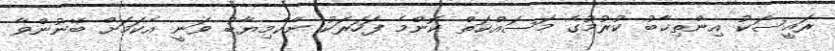
ރައީސަކު އިންތިޚާބު ކުރުމުގެ މަސައްކަތް ކޮންމެ ފަހަރަކު ނާކާމިޔާބު ވަނީ އެކަމަށް ބޭނުންވާ